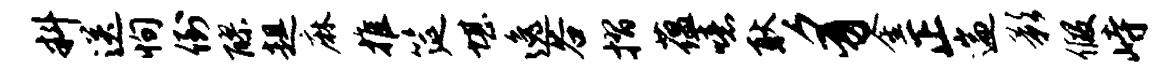
料送恂倒醪趄麻推筵堪逸谷摺蕴噫耿豸金正遄影假峙